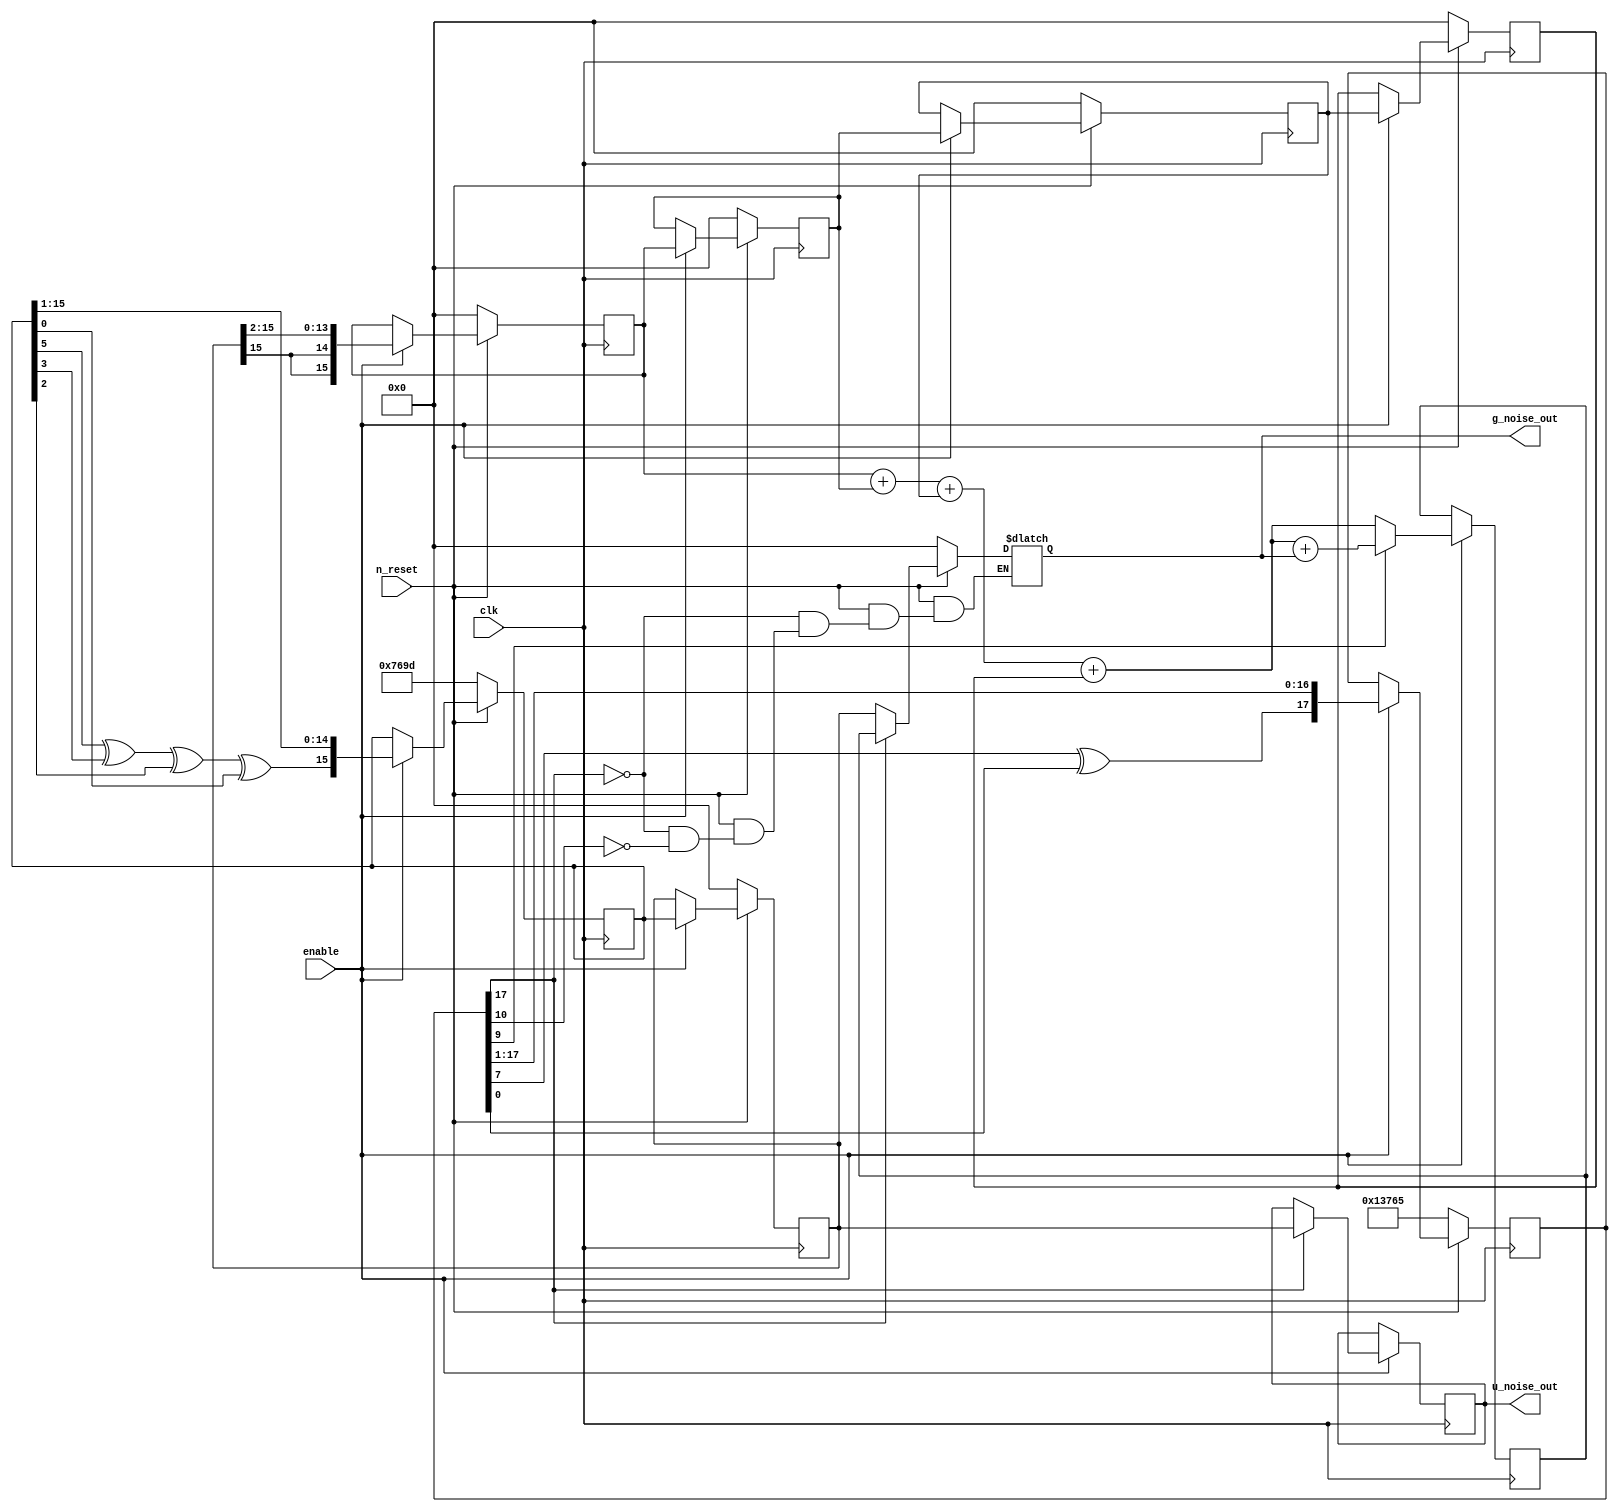
////-- 	Pseudo-Random Number Generator with LFSRs
////------------------------------------------------------------------------------------
////-- ***********************************************************************
////-- FileName: LFSR_Plus.v
////-- FPGA: MachXO2-7000HE
////-- IDE: Lattice Diamond 2.0.1
////--
////-- HDL IS PROVIDED "AS IS." DIGI-KEY EXPRESSLY DISCLAIMS ANY
////-- WARRANTY OF ANY KIND, WHETHER EXPRESS OR IMPLIED, INCLUDING BUT NOT
////-- LIMITED TO, THE IMPLIED WARRANTIES OF MERCHANTABILITY, FITNESS FOR A
////-- PARTICULAR PURPOSE, OR NON-INFRINGEMENT. IN NO EVENT SHALL DIGI-KEY
////-- BE LIABLE FOR ANY INCIDENTAL, SPECIAL, INDIRECT OR CONSEQUENTIAL
////-- DAMAGES, LOST PROFITS OR LOST DATA, HARM TO YOUR EQUIPMENT, COST OF
////-- PROCUREMENT OF SUBSTITUTE GOODS, TECHNOLOGY OR SERVICES, ANY CLAIMS
////-- BY THIRD PARTIES (INCLUDING BUT NOT LIMITED TO ANY DEFENSE THEREOF),
////-- ANY CLAIMS FOR INDEMNITY OR CONTRIBUTION, OR OTHER SIMILAR COSTS.
////-- DIGI-KEY ALSO DISCLAIMS ANY LIABILITY FOR PATENT OR COPYRIGHT
////-- INFRINGEMENT.
////--
////-- Version History
////-- Version 1.0 5/1/2013 Tony Storey
////-- Initial Public Release
////-- N-bit look ahead carry combinational adder with overflow detection and saturated output 
////----------------------------------------------------------------------------------

`timescale 1 ns/ 100 ps

//// W is width LFSR scaleable from 24 down to 4 bits
//// V is width LFSR for non uniform clocking scalable from 24 down to 18 bit
//// g_type gausian distribution type, 0 = unimodal, 1 = bimodal, from g_noise_out
//// u_type uniform distribution type, 0 = uniform, 1 =  ave-uniform, from u_noise_out

module LFSR_Plus #(parameter W = 16, V = 18, g_type = 0, u_type = 1)      
	(
		output	reg [W-1 : 0]		g_noise_out,
		output 	reg	[W-1 : 0]		u_noise_out,
		input 	clk,
		input		n_reset,
		input		enable
	);
	
////---------------- internal variables ----------------------------------
	reg		[W-1 : 0] 	rand_out;
	//// flip flops for shift registers
	reg		[W-1 : 0]	rand_ff;
	reg		[V-1 : 0]	rand_en_ff;
	//// registers for gaussian distribution, these form bus wide shift registers
	reg  	[W-1 : 0]	temp_u_noise3;
	reg  	[W-1 : 0]	temp_u_noise2;
	reg  	[W-1 : 0]	temp_u_noise1;
	reg 	[W-1 : 0]	temp_u_noise0;
	reg 	[W-1 : 0]	temp_g_noise_nxt;

	
	//// LFSR for timing purposes to control output 
	//// reg can be scaled from 18 up to 24 bit by parameter V above
	///////////////////////////////////////////////////////
	always @(posedge clk)
		begin
			if(n_reset == 1'b 0)
					rand_en_ff[V-1 :0] <= 24'b 0011_0001_0011_0111_0110_0101;		// seed word for timer lsfr
			else if(enable == 1'b 1)
				begin
					case( V) 
						24 			: rand_en_ff <= {(rand_en_ff[7] ^ rand_en_ff[2] ^ rand_en_ff[1] ^ rand_en_ff[0]) , rand_en_ff[V-1 : 1]};		//	x^24 + x^23 + x^22 + x^17 + 1 
						23 			: rand_en_ff <= {(rand_en_ff[5] ^ rand_en_ff[0] ) , rand_en_ff[V-1 : 1]};																		//	x^23+ x^18 + 1
						22 			: rand_en_ff <= {(rand_en_ff[1] ^ rand_en_ff[0]) , rand_en_ff[V-1 : 1]};																			//	x^22+ x^21 + 1	
						21 			: rand_en_ff <= {(rand_en_ff[2] ^ rand_en_ff[0]) , rand_en_ff[V-1 : 1]};																			// 	x^21+ x^19 + 1
						20 			: rand_en_ff <= {(rand_en_ff[3] ^ rand_en_ff[0]) , rand_en_ff[V-1 : 1]};																			//	x^20+ x^17 + 1
						19 			: rand_en_ff <= {(rand_en_ff[15] ^ rand_en_ff[13] ^ rand_en_ff[0]) , rand_en_ff[V-1 : 1]};									//	x^19 + x^5 + x^2 + 1 					
						default : rand_en_ff <= {(rand_en_ff[7] ^ rand_en_ff[0]) , rand_en_ff[V-1 : 1]};																			//	x^18 + x^11 + 1	
					endcase
				end
			else
				rand_en_ff <= rand_en_ff;
		end

	//// always block for random number generator using LINEAR FEEDBACK SHIFT REG with polys for Maximal-length
	//// scaleable between 24 bits down to 4 bits
	///////////////////////////////////////////////////////
	always @(posedge clk)
		begin
			if(n_reset == 1'b 0)
				begin
					rand_ff[W-1 :0] <= 24'b 0110_0011_0111_0110_1001_1101;		// seed for pseudo random number sequencer
					rand_out <= {W-1{1'b 0}};
				end
			else if(enable == 1'b 1)
				begin
					case (W) 
						24 			:	begin
												rand_ff[W-1 : 0] <= { ( rand_ff[7] ^ rand_ff[2] ^ rand_ff[1] ^ rand_ff[0]) , rand_ff[W-1 : 1] };    				// x^24 + x^23 + x^22 + x^17 + 1
												rand_out <=  rand_ff;
											end
						23 			:	begin
												rand_ff[W-1 : 0] <= { ( rand_ff[5] ^ rand_ff[0] ) , rand_ff[W-1 : 1] };    																// x^23+ x^18 + 1
												rand_out <=  rand_ff;
											end
						22 			:	begin
												rand_ff[W-1 : 0] <= { ( rand_ff[1] ^ rand_ff[0] ) , rand_ff[W-1 : 1] };    																// x^22+ x^21 + 1
												rand_out <=  rand_ff;			
											end
						21 			:	begin
												rand_ff[W-1 : 0] <= { ( rand_ff[2] ^ rand_ff[0] ), rand_ff[W-1 : 1] };         															// x^21+ x^19 + 1
												rand_out <=  rand_ff;			
											end
						20			:	begin
												rand_ff[W-1 : 0] <= { ( rand_ff[3] ^ rand_ff[0] ), rand_ff[W-1 : 1] };       																// x^20+ x^17 + 1
												rand_out <=  rand_ff;									
											end											
						19			:	begin
												rand_ff[W-1 : 0] <= { ( rand_ff[15] ^ rand_ff[13] ^ rand_ff[0] ), rand_ff[W-1 : 1] };        								// x^19 + x^5 + x^2 + 1  
												rand_out <=  rand_ff;									
											end
						18			:	begin
												rand_ff[W-1 : 0] <= { ( rand_ff[7] ^ rand_ff[0] ) , rand_ff[W-1 : 1] };      																// x^18 + x^11 + 1
												rand_out <=  rand_ff;							
											end
						17 			:	begin
												rand_ff[W-1 : 0] <= { ( rand_ff[3] ^ rand_ff[0] ) , rand_ff[W-1 : 1] };      																// x^17 + x^14 + 1
												rand_out <=  rand_ff;									
											end											
						16 			:	begin
												rand_ff[W-1 : 0] <= { ( rand_ff[5] ^ rand_ff[3] ^ rand_ff[2] ^ rand_ff[0]) , rand_ff[W-1 : 1] };        			// x^16 + x^14 + x^13 + x^11 + 1
												rand_out <=  rand_ff;										
											end
						15			:	begin
												rand_ff[W-1 : 0] <= { ( rand_ff[1] ^ rand_ff[0] ), rand_ff[W-1 : 1] };       																// x^15 + x^14 + 1
												rand_out <=  rand_ff;							
											end
						14 			:	begin
												rand_ff[W-1 : 0] <= { ( rand_ff[12] ^ rand_ff[2] ^ rand_ff[1] ^ rand_ff[0]), rand_ff[W-1 : 1] };    				// x^14 + x^13 + x^12 + x^2 + 1
												rand_out <=  rand_ff;								
											end
						13			:	begin
												rand_ff[W-1 : 0] <= { ( rand_ff[5] ^ rand_ff[2] ^ rand_ff[1] ^ rand_ff[0] ), rand_ff[W-1 : 1] };       			// x^13 + x^12 + x^11 + x^8 + 1
												rand_out <=  rand_ff;							
											end
						12 			:	begin
												rand_ff[W-1 : 0] <= { ( rand_ff[8] ^ rand_ff[2] ^ rand_ff[1] ^ rand_ff[0] ), rand_ff[W-1 : 1] };      			// x^12 + x^11 + x^10 + x^4 + 1
												rand_out <=  rand_ff;										
											end
						11 			:	begin
												rand_ff[W-1 : 0] <= { ( rand_ff[1] ^ rand_ff[0] ), rand_ff[W-1 : 1] };      																// x^11 + x^9 + 1
												rand_out <=  rand_ff;								
											end
						10 			:	begin
												rand_ff[W-1 : 0] <= { ( rand_ff[3] ^ rand_ff[0] ), rand_ff[W-1 : 1] };   																	// x^10 + x^7 + 1
												rand_out <=  rand_ff;	
											end
						9 			:	begin
												rand_ff[W-1 : 0] <= { ( rand_ff[4] ^ rand_ff[0] ), rand_ff[W-1 : 1] };       																// x^9 + x^5 + 1
												rand_out <=  rand_ff;								
											end
						8				:	begin
												rand_ff[W-1 : 0] <= { ( rand_ff[4] ^ rand_ff[3] ^ rand_ff[2] ^ rand_ff[0]), rand_ff[W-1 : 1] };     				// x^8 + x^6 + x^5 + x^4 + 1
												rand_out <=  rand_ff;								
											end
						7				:	begin
												rand_ff[W-1 : 0] <= { ( rand_ff[1] ^ rand_ff[0] ) , rand_ff[W-1 : 1] };     																// x^7 + x^6 + 1
												rand_out <=  rand_ff;
											end
						6				:	begin
												rand_ff[W-1 : 0] <= { ( rand_ff[1] ^ rand_ff[0] ) , rand_ff[W-1 : 1] };       															// x^6 + x^5 + 1
												rand_out <=  rand_ff;								
											end
											
						5 			:	begin
												rand_ff[W-1 : 0] <= { ( rand_ff[2] ^ rand_ff[0] ), rand_ff[W-1 : 1] };      															// x^5 + x^3 + 1
												rand_out <=  rand_ff;		
											end
						default	:	begin
												rand_ff[W-1 : 0] <= { (rand_ff[1] ^ rand_ff[0]) , rand_ff[W-1 : 0]};																	// x^4 + x^3 + 1
												rand_out <=  rand_ff;										
											end
					endcase
				end  // end else if(enable == 1'b 1)
			else
				rand_out <= rand_out;
		end 	// end always

	//// FIFO for inputs from rand_out, tool should prune two msb and sign extend in adder below
	///////////////////////////////////////////////////////	
	always @(posedge clk)
		begin
			if(n_reset == 1'b 0)
				begin
					temp_u_noise3 <= {W-1{1'b 0}};		
					temp_u_noise2 <= {W-1{1'b 0}};
					temp_u_noise1 <= {W-1{1'b 0}};
					temp_u_noise0 <= {W-1{1'b 0}};
				end
			else if(enable == 1'b 1)
				begin
					temp_u_noise3 <= { rand_out[W-1] ,  rand_out[W-1] ,  rand_out[W-1 : 2] } ;						// numbers/4 are shifted in  
					temp_u_noise2 <= temp_u_noise3;	
					temp_u_noise1 <= temp_u_noise2;	
					temp_u_noise0 <= temp_u_noise1;		
				end 	// end if(enable == 1'b 1)	
			else
				begin
					temp_u_noise3 <= temp_u_noise3;			
					temp_u_noise2 <= temp_u_noise2;
					temp_u_noise1 <= temp_u_noise1;
					temp_u_noise0 <= temp_u_noise0;
				end
		end 	// end of always		


	//// always block to create distributions using the central limit theorom, variable duty cycle time multiplexing, and feedback
	///////////////////////////////////////////////////////
	always @(posedge clk)
		begin
			if(enable == 1'b 1)
				begin
					case (g_type)
						1					:	temp_g_noise_nxt <= temp_u_noise3 + temp_u_noise2 + temp_u_noise1 + temp_u_noise0 + g_noise_out;  					// numbers in shift register are added with feedback term for bimodal
						default		:	begin
													if(rand_en_ff[9] == 1'b 1)
														temp_g_noise_nxt  <= temp_u_noise3 + temp_u_noise2 + temp_u_noise1 + temp_u_noise0 + g_noise_out;			// numbers in shift register are added with feedback term
													else
														temp_g_noise_nxt  <= temp_u_noise3 + temp_u_noise2 + temp_u_noise1 + temp_u_noise0;  										// numbers in shift register are added														
												end 	// end default case
					endcase
					case (u_type)
						1					:	begin
													if( rand_en_ff[17] == 1'b 1)
														u_noise_out <= rand_out[W-1 : 0];			// average-uniform
													else
														u_noise_out <= u_noise_out;	
												end 	// end case 1
						default		:	u_noise_out <= rand_out[W-1 : 0];					// uniform
					endcase	
				end
			else
				begin
					temp_g_noise_nxt <= temp_g_noise_nxt;
				end	
		end	// end always
	

	//// The outputs for the number generator, a timer controls an output multiplexer
	//// g_noise_out goes through latch for feedback
	///////////////////////////////////////////////////////	
	always @(*)
		begin
			if(n_reset == 1'b 0)
				g_noise_out = {W-1{1'b 0}};
			else if(rand_en_ff[17] == 1'b 1)
				g_noise_out = temp_g_noise_nxt[W-1 : 0];
			else if(rand_en_ff[10] == 1'b 1)
				g_noise_out = rand_out[W-1 : 0];
			else
				g_noise_out = g_noise_out;				
		end	// end always

				
endmodule